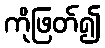
ကိုဖြတ်၍